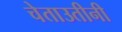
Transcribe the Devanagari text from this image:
चेताउतीनी